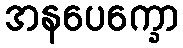
အနပေက္ခော